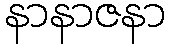
နာနာဇနာ